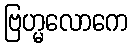
ဗြဟ္မလောကေ